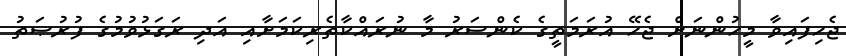
ޖެހިފައިވާ މީހުންނަށް ޖެހޭ އުރަމަތީގެ ކެންސަރު މާ ނުރައްކާތެރިކަމަށާއި އަދި ރަގަޅުވުމުގެ ފުރުޞަތު